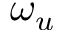
\omega _ { u }